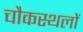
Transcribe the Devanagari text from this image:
चौकस्थलों